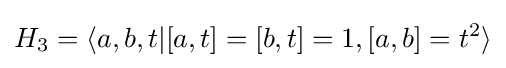
H_{3}=\langle a,b,t|[a,t]=[b,t]=1,[a,b]=t^{2}\rangle